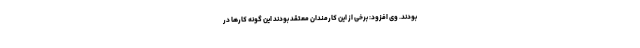
بودند. وی افزود: برخی از این کارمندان معتقد بودند این گونه کارها در